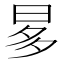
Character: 𣆚